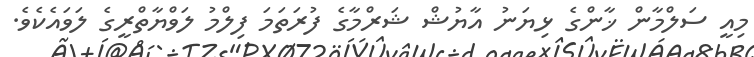
މިއީ ސަލްމާން ޚާންގެ ޅިޔަނު އާޔުޝް ޝަރްމާގެ ފުރަތަމަ ފިލްމު ލަވްޔާތްރީގެ ލަވައެކެވެ.